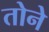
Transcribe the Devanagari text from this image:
तोने